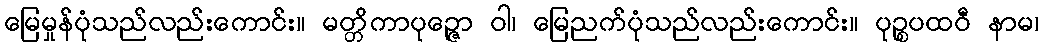
မြေမှုန်ပုံသည်လည်းကောင်း။ မတ္တိကာပုဉ္ဇော ဝါ၊ မြေညက်ပုံသည်လည်းကောင်း။ ပုဉ္စပထဝီ နာမ၊